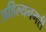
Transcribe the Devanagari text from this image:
अहिल्यनगरी